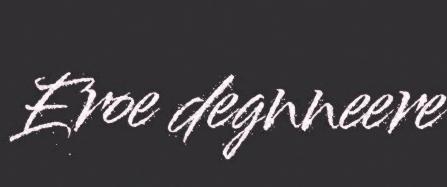
Eroe degnneere